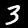
Digit: 3